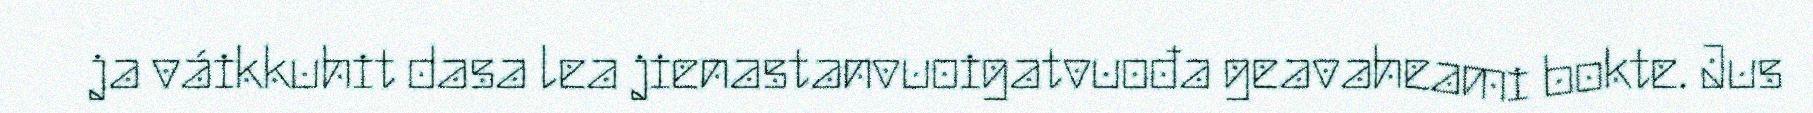
ja váikkuhit dasa lea jienastanvuoigatvuođa geavaheami bokte. Jus